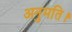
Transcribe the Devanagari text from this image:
अनुमति।